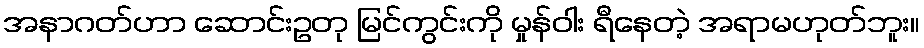
အနာဂတ်ဟာ ဆောင်းဥတု မြင်ကွင်းကို မှုန်ဝါး ရီနေတဲ့ အရာမဟုတ်ဘူး။